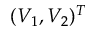
( V _ { 1 } , V _ { 2 } ) ^ { T }